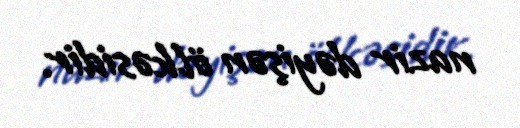
nazir dəyişən ölkəsidir.